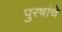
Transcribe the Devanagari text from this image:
पुरषांचे